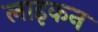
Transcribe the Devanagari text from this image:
लाइकन